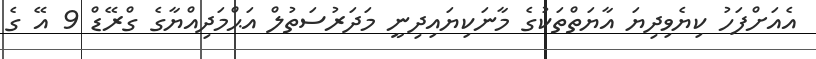
އެއަށްފަހު ކިޔެވިދިޔަ އާޔަތްތަކުގެ މާނަކިޔައިދިނީ މަދަރުސަތުލް އަޙްމަދިއްޔާގެ ގްރޭޑް 9 އޭ ގެ